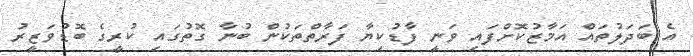
އެ ބަދަލުތައް އަމާޒުކޮށްފައި ވަނީ ފާޑުކިޔާ ފަރާތްތަކުން ބުނާ ގޮތުގައި ކުރީގެ ބޮޑުވަޒީރު